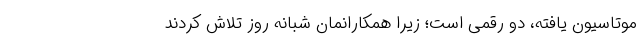
موتاسیون یافته، دو رقمی است؛ زیرا همکارانمان شبانه روز تلاش کردند